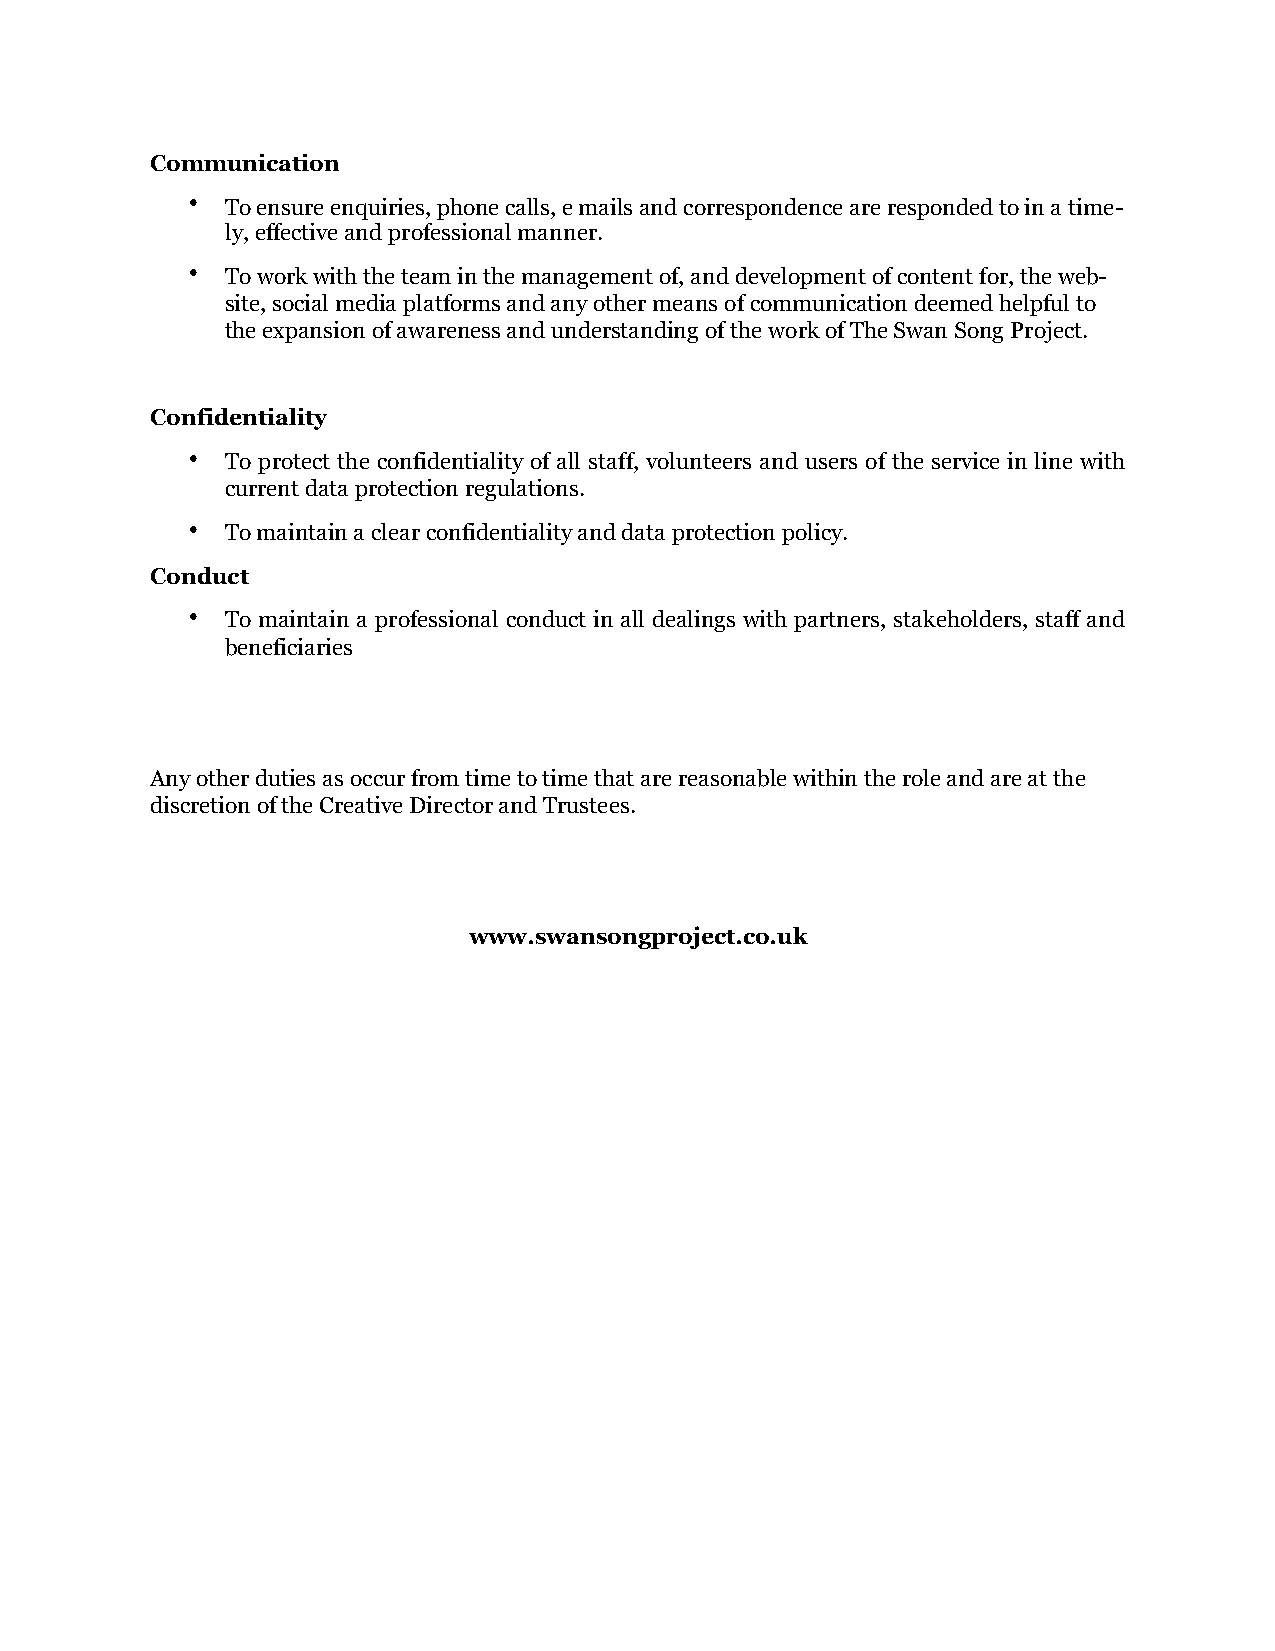
Communication
 •  To ensure enquiries, phone calls, e mails and correspondence are responded to in a time-
 ly, effective and professional manner.
 •  To work with the team in the management of, and development of content for, the web-
 site, social media platforms and any other means of communication deemed helpful to
 the expansion of awareness and understanding of the work of The Swan Song Project.
 Confidentiality
 •  To protect the confidentiality of all staff, volunteers and users of the service in line with
 current data protection regulations.
 •  To maintain a clear confidentiality and data protection policy.
 Conduct
 •  To maintain a professional conduct in all dealings with partners, stakeholders, staff and
 beneficiaries
 Any other duties as occur from time to time that are reasonable within the role and are at the
 discretion of the Creative Director and Trustees.
 www.swansongproject.co.uk